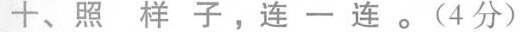
十、照样子，连一连。(4分)